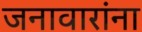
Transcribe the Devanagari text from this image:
जनावारांना